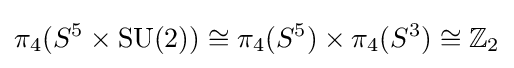
\pi _{4}(S^{5}\times \operatorname {SU} (2))\cong \pi _{4}(S^{5})\times \pi _{4}(S^{3})\cong \mathbb {Z} _{2}